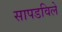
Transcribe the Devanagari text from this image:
सापडविले